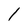
Character: 1